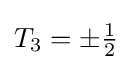
T_{3}=\pm {\tfrac {1}{2}}